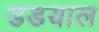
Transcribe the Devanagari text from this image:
डडयाल